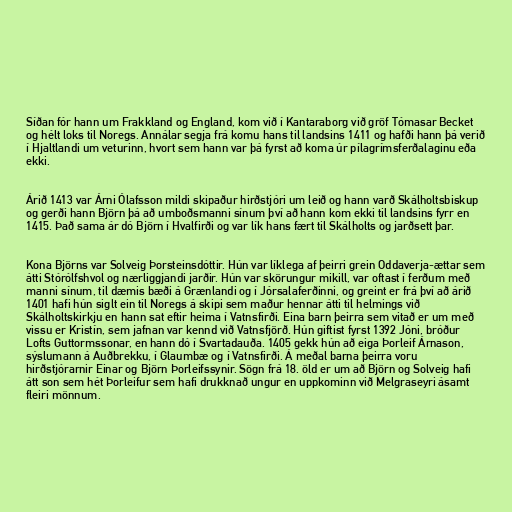
Síðan fór hann um Frakkland og England, kom við í Kantaraborg við gröf Tómasar Becket
og hélt loks til Noregs. Annálar segja frá komu hans til landsins 1411 og hafði hann þá verið
í Hjaltlandi um veturinn, hvort sem hann var þá fyrst að koma úr pílagrímsferðalaginu eða
ekki.

Árið 1413 var Árni Ólafsson mildi skipaður hirðstjóri um leið og hann varð Skálholtsbiskup
og gerði hann Björn þá að umboðsmanni sínum því að hann kom ekki til landsins fyrr en
1415. Það sama ár dó Björn í Hvalfirði og var lík hans fært til Skálholts og jarðsett þar.

Kona Björns var Solveig Þorsteinsdóttir. Hún var líklega af þeirri grein Oddaverja-ættar sem
átti Stórólfshvol og nærliggjandi jarðir. Hún var skörungur mikill, var oftast í ferðum með
manni sínum, til dæmis bæði á Grænlandi og í Jórsalaferðinni, og greint er frá því að árið
1401 hafi hún siglt ein til Noregs á skipi sem maður hennar átti til helmings við
Skálholtskirkju en hann sat eftir heima í Vatnsfirði. Eina barn þeirra sem vitað er um með
vissu er Kristín, sem jafnan var kennd við Vatnsfjörð. Hún giftist fyrst 1392 Jóni, bróður
Lofts Guttormssonar, en hann dó í Svartadauða. 1405 gekk hún að eiga Þorleif Árnason,
sýslumann á Auðbrekku, í Glaumbæ og í Vatnsfirði. Á meðal barna þeirra voru
hirðstjórarnir Einar og Björn Þorleifssynir. Sögn frá 18. öld er um að Björn og Solveig hafi
átt son sem hét Þorleifur sem hafi drukknað ungur en uppkominn við Melgraseyri ásamt
fleiri mönnum.